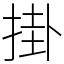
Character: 掛